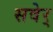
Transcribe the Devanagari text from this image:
सवेर्